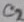
Text: C